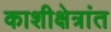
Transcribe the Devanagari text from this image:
काशीक्षेत्रांत